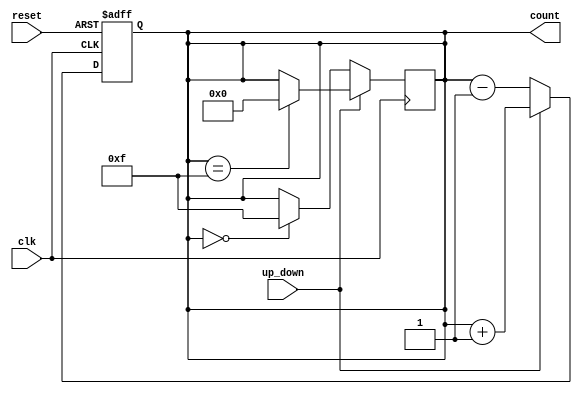
module UpDownCounter (
    input wire clk,          // Clock signal
    input wire reset,        // Asynchronous reset signal
    input wire up_down,      // Control signal: 1 for up, 0 for down
    output reg [3:0] count   // 4-bit current count value
);

// Asynchronous reset and counting logic
always @(posedge clk or posedge reset) begin
    if (reset) begin
        count <= 4'b0000;   // Reset the counter to 0
    end else begin
        if (up_down) begin
            count <= count + 1; // Increment the counter
        end else begin
            count <= count - 1; // Decrement the counter
        end
    end
end

// Handle wrap-around for counting
always @(posedge clk) begin
    if (up_down) begin
        if (count == 4'b1111) begin
            count <= 4'b0000; // Wrap around to 0
        end
    end else begin
        if (count == 4'b0000) begin
            count <= 4'b1111; // Wrap around to 15
        end
    end
end

endmodule